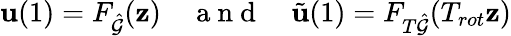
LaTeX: \mathbf{u}(1)=F_{\hat{\mathcal{G}}}(\mathbf{z})\quad\mathrm{~a~n~d~}\quad\tilde{\mathbf{u}}(1)=F_{T\hat{\mathcal{G}}}(T_{rot}\mathbf{z})